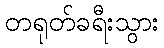
တရုတ်ခရီးသွား